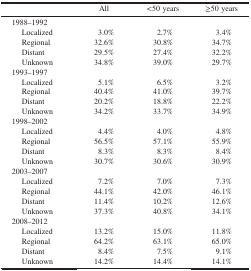
|  | All | <50 years | ≥50 years |
 | --- | --- | --- | --- |
 | <COLSPAN=4> 1988–1992 |
 | Localized | 3.0% | 2.7% | 3.4% |
 | Regional | 32.6% | 30.8% | 34.7% |
 | Distant | 29.5% | 27.4% | 32.2% |
 | Unknown | 34.8% | 39.0% | 29.7% |
 | <COLSPAN=4> 1993–1997 |
 | Localized | 5.1% | 6.5% | 3.2% |
 | Regional | 40.4% | 41.0% | 39.7% |
 | Distant | 20.2% | 18.8% | 22.2% |
 | Unknown | 34.2% | 33.7% | 34.9% |
 | <COLSPAN=4> 1998–2002 |
 | Localized | 4.4% | 4.0% | 4.8% |
 | Regional | 56.5% | 57.1% | 55.9% |
 | Distant | 8.3% | 8.3% | 8.4% |
 | Unknown | 30.7% | 30.6% | 30.9% |
 | <COLSPAN=4> 2003–2007 |
 | Localized | 7.2% | 7.0% | 7.3% |
 | Regional | 44.1% | 42.0% | 46.1% |
 | Distant | 11.4% | 10.2% | 12.6% |
 | Unknown | 37.3% | 40.8% | 34.1% |
 | <COLSPAN=4> 2008–2012 |
 | Localized | 13.2% | 15.0% | 11.8% |
 | Regional | 64.2% | 63.1% | 65.0% |
 | Distant | 8.4% | 7.5% | 9.1% |
 | Unknown | 14.2% | 14.4% | 14.1% |